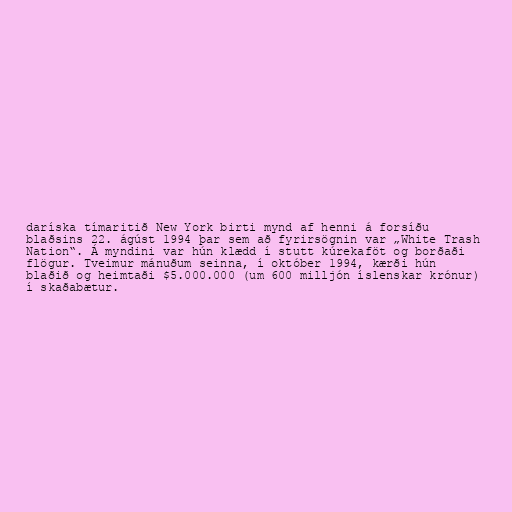
daríska tímaritið New York birti mynd af henni á forsíðu
blaðsins 22. ágúst 1994 þar sem að fyrirsögnin var „White Trash
Nation“. Á myndini var hún klædd í stutt kúrekaföt og borðaði
flögur. Tveimur mánuðum seinna, í október 1994, kærði hún
blaðið og heimtaði $5.000.000 (um 600 milljón íslenskar krónur)
í skaðabætur.